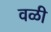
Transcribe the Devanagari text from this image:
वळी